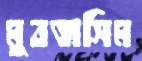
মুবতাসিম